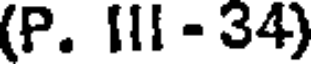
(P. III - 34)